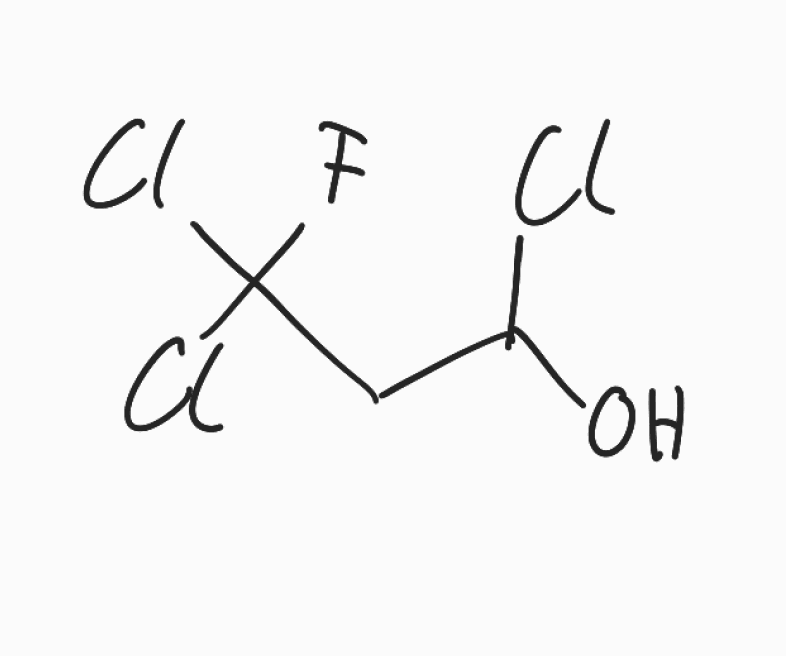
Simplified molecular-input line-entry system (SMILES) notation of the given molecule:
C(C(O)Cl)C(F)(Cl)Cl